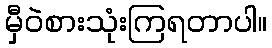
မှီဝဲစားသုံးကြရတာပါ။